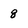
Character: 8